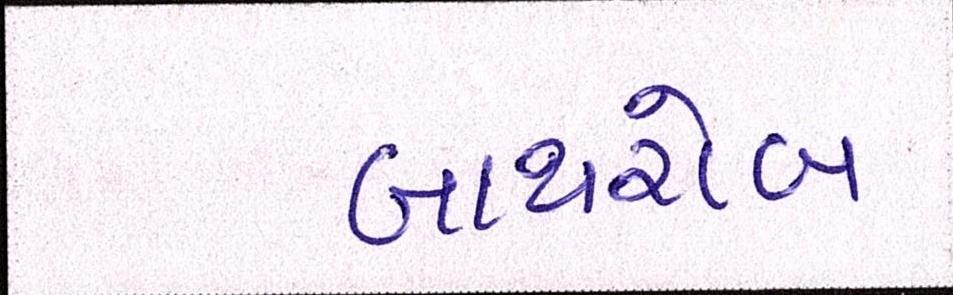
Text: બાથરોબ